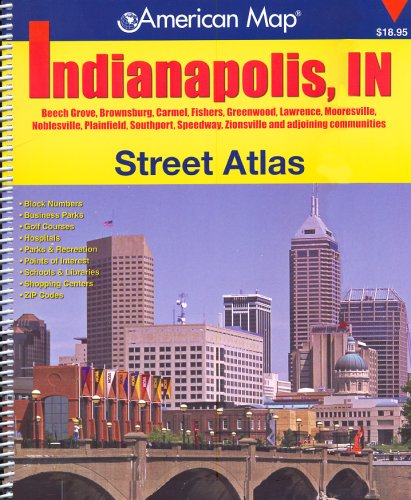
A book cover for American Map Indianapolis, Indiana Street Atlas; Travel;